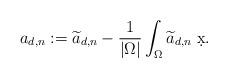
LaTeX: \begin{align*} a_{d , n} := \widetilde{a}_{d , n} - \frac{1}{\lvert \Omega \rvert} \int_{\Omega} \widetilde{a}_{d , n} \; \d x.\end{align*}